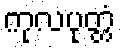
ကုလပုတ္တံ